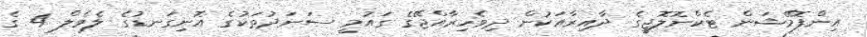
އިންފޮމޭޝަން ޓެކްނޮލޮޖީގެ ދާއިރާއަކުން ދިވެހިރާއްޖޭގެ ގައުމީ ސަނަދުތަކުގެ އޮނިގަނޑުގެ ލެވެލް 4 ގެ